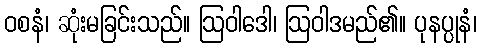
ဝစနံ၊ ဆုံးမခြင်းသည်။ ဩဝါဒေါ၊ ဩဝါဒမည်၏။ ပုနပ္ပုနံ၊